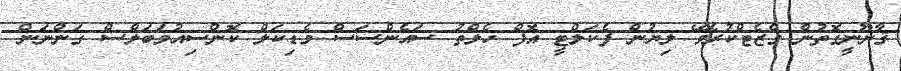
ޤާނޫނީގޮތުން ގެޒެޓްކުރެވޭ ލިޔުން ފެކަލްޓީ އޮފް ހެލްތު ސައެންސަސް މެޑިކަލް ކޮންސިއުމަބަލްސް ގަންނަން